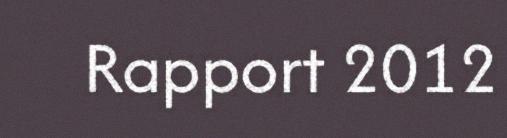
Rapport 2012